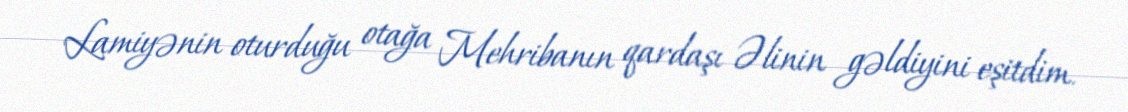
Lamiyənin oturduğu otağa Mehribanın qardaşı Əlinin gəldiyini eşitdim.